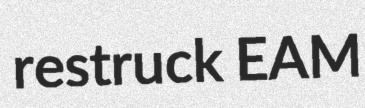
restruck EAM